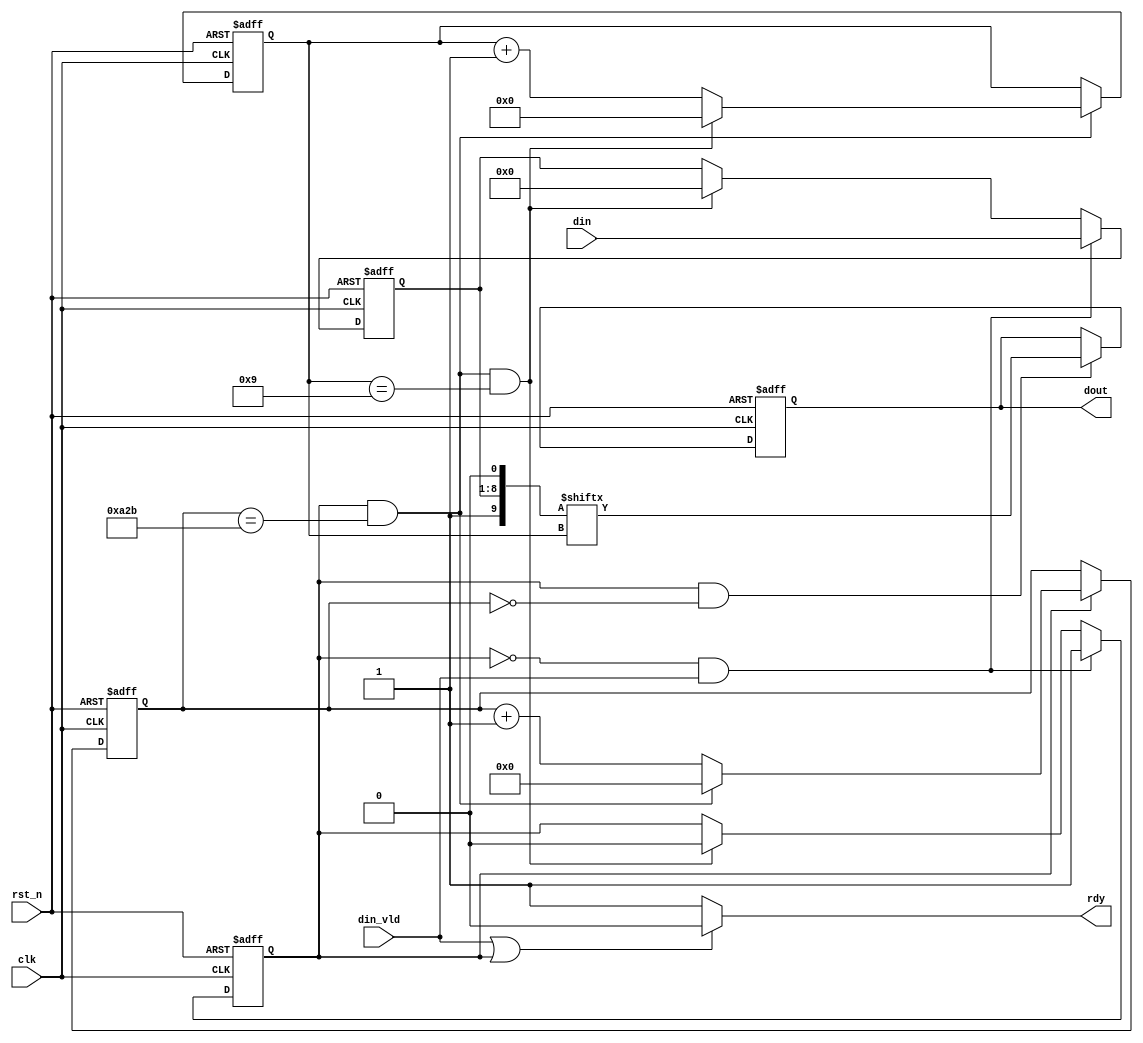
`timescale 1ns / 1ps
//////////////////////////////////////////////////////////////////////////////////
// Company:
// Engineer: 
// 
// Design Name: rs_485
// Module Name: TX
// Project Name: RS_485
// Target Devices: 
// Tool Versions: 
// Description: 
// 
// Dependencies: 
// 
// Revision:
// Revision 0.01 - File Created
// Additional Comments:
// :endin
//////////////////////////////////////////////////////////////////////////////////


module TX(
    //global clock
    input         clk       ,
    input         rst_n     ,

    //user interface
    input        din_vld    ,
    input  [7:0] din        ,

    output reg   rdy        ,
    output reg   dout
    
    );

// 
    //bps
    reg    [12:0] cnt0     ;
    wire          add_cnt0 ;
    wire          end_cnt0 ;
    //
    reg    [3:0]  cnt1     ;
    wire          add_cnt1 ;
    wire          end_cnt1 ;

    reg           flag_add ;
    reg    [7 :0] din_tem  ;
    wire   [9 :0] dins     ;

    parameter             bps  =2604;  //19200

//
//////////////////////////////////////////////////////////////////////////////////////
   
    //din
    always  @(posedge clk or negedge rst_n)begin
        if(!rst_n)begin
            din_tem <= 0;
        end
        else if(!flag_add && din_vld) begin
            din_tem <= din;
        end
        else if(end_cnt1)begin
            din_tem <= 0;
        end

    end

    //bps
    always @(posedge clk or negedge rst_n)begin
        if(!rst_n)begin
            cnt0 <= 0;
        end
        else if(add_cnt0)begin
        if(end_cnt0)
            cnt0 <= 0;
        else
            cnt0 <= cnt0 + 1;
        end      
    end

    assign add_cnt0 = flag_add;
    assign end_cnt0 = add_cnt0 && cnt0 == bps - 1;

    //
    always @(posedge clk or negedge rst_n)begin
        if(!rst_n)begin
            cnt1 <= 0;
        end
        else if(add_cnt1)begin
        if(end_cnt1)
            cnt1 <= 0;
        else
            cnt1 <= cnt1 + 1;
        end      
    end

    assign add_cnt1 = end_cnt0;
    assign end_cnt1 = add_cnt1 && cnt1 == 10-1;

    //
    always  @(posedge clk or negedge rst_n)begin
        if(!rst_n)begin
            flag_add <= 0;
        end
        else if(!flag_add && din_vld)begin
            flag_add <= 1;
        end
        else if(end_cnt1)begin 
            flag_add <= 0;
        end
    end

    assign dins = {1'b1,din_tem,1'b0};

    //dout
    always  @(posedge clk or negedge rst_n)begin
        if(!rst_n)begin
            dout <= 1;
        end
        else if(add_cnt0 && cnt0 == 1-1)begin
            dout <= dins[cnt1];
        end
    end

    //rdy:
    always @(*)begin
        if(din_vld || flag_add)
            rdy = 0;
        else
            rdy = 1;
    end


endmodule